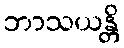
ဘာသယန္တိ